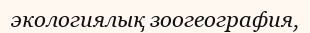
экологиялық зоогеография,